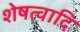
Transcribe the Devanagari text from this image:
शेषत्वादि